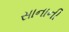
સાનાની